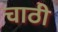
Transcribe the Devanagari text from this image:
चाठी